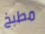
مطبخ